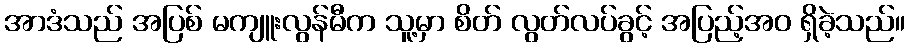
အာဒံသည် အပြစ် မကျူးလွန်မီက သူ့မှာ စိတ် လွတ်လပ်ခွင့် အပြည့်အဝ ရှိခဲ့သည်။